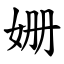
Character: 姗